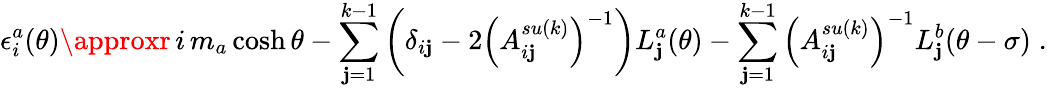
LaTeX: \epsilon_{i}^{a}(\theta)\approxr\, i\, m_{a}\cosh\theta-\sum_{\mathbf{j}=1}^{k-1}\left(\delta_{i\mathbf{j}}-2\left(A_{i\mathbf{j}}^{su(k)}\right)^{-1}\right)L_{\mathbf{j}}^{a}(\theta)-\sum_{\mathbf{j}=1}^{k-1}\left(A_{i\mathbf{j}}^{su(k)}\right)^{-1}L_{\mathbf{j}}^{b}(\theta-\sigma)\; .